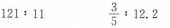
$$1 2 1 : 1 1$$ $$\frac { 3 } { 5 } : 1 2 . 2$$